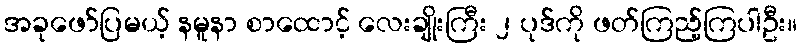
အခုဖော်ပြမယ့် နမူနာ စာထောင့် လေးချိုးကြီး ၂ ပုဒ်ကို ဖတ်ကြည့်ကြပါဦး။